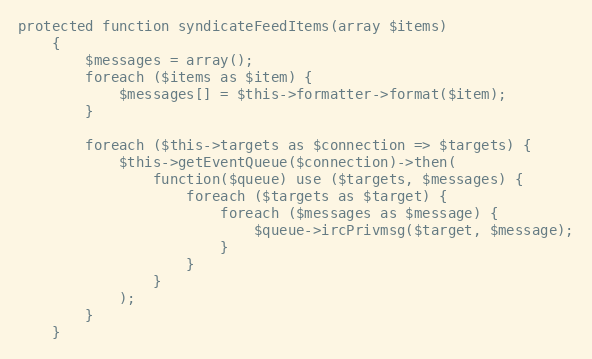
Language: PHP
protected function syndicateFeedItems(array $items)
    {
        $messages = array();
        foreach ($items as $item) {
            $messages[] = $this->formatter->format($item);
        }

        foreach ($this->targets as $connection => $targets) {
            $this->getEventQueue($connection)->then(
                function($queue) use ($targets, $messages) {
                    foreach ($targets as $target) {
                        foreach ($messages as $message) {
                            $queue->ircPrivmsg($target, $message);
                        }
                    }
                }
            );
        }
    }